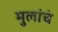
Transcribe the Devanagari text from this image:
मुलांचं